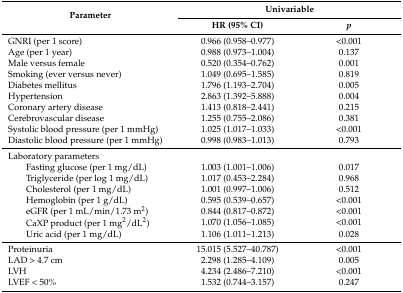
<table><thead><tr><td rowspan="2"><b>Parameter</b></td><td colspan="2"><b>Univariable</b></td></tr><tr><td><b>HR (95% CI)</b></td><td><b><i>p</i></b></td></tr></thead><tbody><tr><td>GNRI (per 1 score)</td><td>0.966 (0.958–0.977)</td><td>&lt;0.001</td></tr><tr><td>Age (per 1 year)</td><td>0.988 (0.973–1.004)</td><td>0.137</td></tr><tr><td>Male versus female</td><td>0.520 (0.354–0.762)</td><td>0.001</td></tr><tr><td>Smoking (ever versus never)</td><td>1.049 (0.695–1.585)</td><td>0.819</td></tr><tr><td>Diabetes mellitus</td><td>1.796 (1.193–2.704)</td><td>0.005</td></tr><tr><td>Hypertension</td><td>2.863 (1.392–5.888)</td><td>0.004</td></tr><tr><td>Coronary artery disease</td><td>1.413 (0.818–2.441)</td><td>0.215</td></tr><tr><td>Cerebrovascular disease</td><td>1.255 (0.755–2.086)</td><td>0.381</td></tr><tr><td>Systolic blood pressure (per 1 mmHg)</td><td>1.025 (1.017–1.033)</td><td>&lt;0.001</td></tr><tr><td>Diastolic blood pressure (per 1 mmHg)</td><td>0.998 (0.983–1.013)</td><td>0.793</td></tr><tr><td>Laboratory parameters</td><td></td><td></td></tr><tr><td>Fasting glucose (per 1 mg/dL)</td><td>1.003 (1.001–1.006)</td><td>0.017</td></tr><tr><td>Triglyceride (per log 1 mg/dL)</td><td>1.017 (0.453–2.284)</td><td>0.968</td></tr><tr><td>Cholesterol (per 1 mg/dL)</td><td>1.001 (0.997–1.006)</td><td>0.512</td></tr><tr><td>Hemoglobin (per 1 g/dL)</td><td>0.595 (0.539–0.657)</td><td>&lt;0.001</td></tr><tr><td>eGFR (per 1 mL/min/1.73 m<sup>2</sup>)</td><td>0.844 (0.817–0.872)</td><td>&lt;0.001</td></tr><tr><td>CaXP product (per 1 mg<sup>2</sup>/dL<sup>2</sup>)</td><td>1.070 (1.056–1.085)</td><td>&lt;0.001</td></tr><tr><td>Uric acid (per 1 mg/dL)</td><td>1.106 (1.011–1.213)</td><td>0.028</td></tr><tr><td>Proteinuria</td><td>15.015 (5.527–40.787)</td><td>&lt;0.001</td></tr><tr><td>LAD &gt; 4.7 cm</td><td>2.298 (1.285–4.109)</td><td>0.005</td></tr><tr><td>LVH</td><td>4.234 (2.486–7.210)</td><td>&lt;0.001</td></tr><tr><td>LVEF &lt; 50%</td><td>1.532 (0.744–3.157)</td><td>0.247</td></tr></tbody></table>